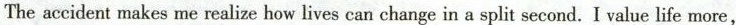
The accident makes me realize how lives can change in a split second.I value life more,